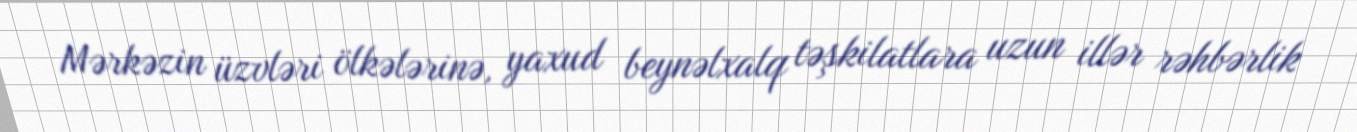
Mərkəzin üzvləri ölkələrinə, yaxud beynəlxalq təşkilatlara uzun illər rəhbərlik